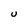
Character: U